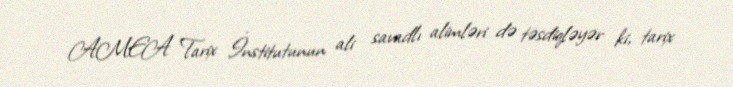
AMEA Tarix İnstitutunun ali savadlı alimləri də təsdiqləyər ki, tarix